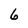
Character: 6